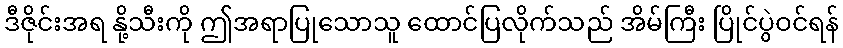
ဒီဇိုင်းအရ နို့သီးကို ဤအရာပြုသောသူ ထောင်ပြလိုက်သည် အိမ်ကြီး ပြိုင်ပွဲဝင်ရန်